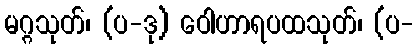
မဂ္ဂသုတ်၊ (ပ-ဒု) ဝေါဟာရပထသုတ်၊ (ပ-